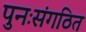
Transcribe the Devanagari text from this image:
पुनःसंगठित